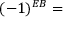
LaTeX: ( - 1 ) ^ { E B } =